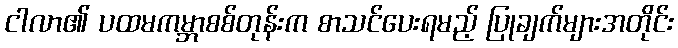
ငါလာ၏ ပထမကမ္ဘာစစ်တုန်းက စာသင်ပေးရမည့် ပြုချက်များအတိုင်း